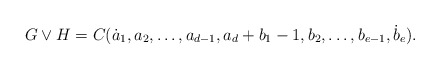
\begin{align*} G\vee H = C(\dot a_1,a_2,\ldots,a_{d-1},a_{d}+b_1-1,b_2,\ldots,b_{e-1},\dot b_{e}).\end{align*}